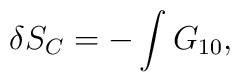
\delta S_{C} = - \int G_{10},